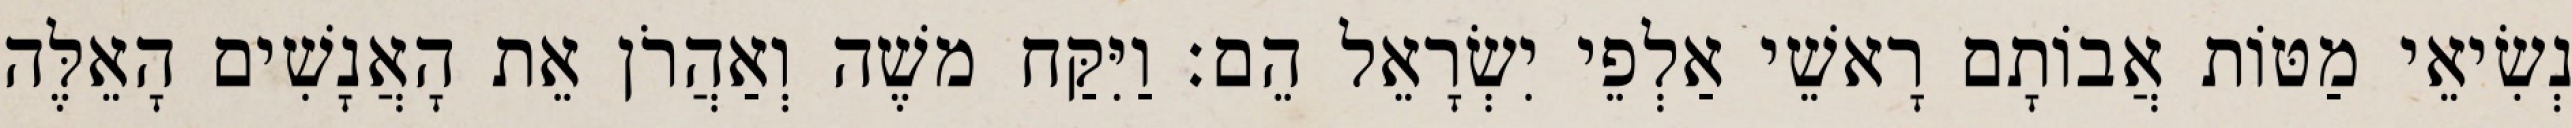
נְשִׂיאֵי מַטּוֹת אֲבוֹתָם רָאשֵׁי אַלְפֵי יִשְׂרָאֵל הֵם׃ וַיִּקַּח משֶׁה וְאַהֲרֹן אֵת הָאֲנָשִׁים הָאֵלֶּה